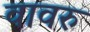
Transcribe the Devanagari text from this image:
वावरु